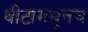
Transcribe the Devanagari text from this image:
थीटामधूनच